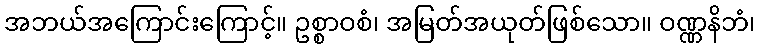
အဘယ်အကြောင်းကြောင့်။ ဥစ္စာဝစံ၊ အမြတ်အယုတ်ဖြစ်သော။ ဝဏ္ဏနိဘံ၊